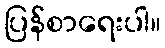
ပြန်စာရေးပါ။